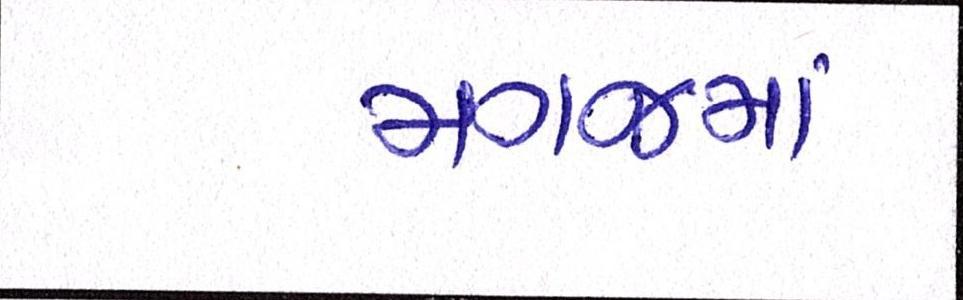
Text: મગજમાં